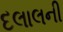
દલાલની